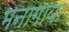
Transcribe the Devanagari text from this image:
मनागाया